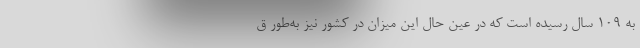
به ۱۰۹ سال رسیده است که در عین حال این میزان در کشور نیز به‌طور ق